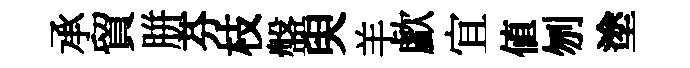
承貿胼芬枝盤臾羊歔宜値刎塗